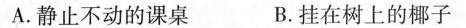
A.静止不动的课桌 B.挂在树上的椰子